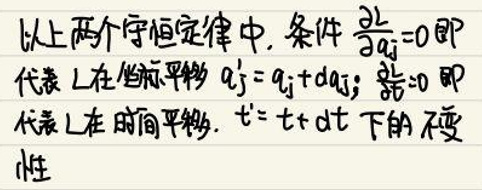
以上两个守恒定律中，条件\(\frac{\partial L}{\partial a_j}=0\)即代表\(L\)在坐标平移\(a_j' = a_j + da_j\)；\(\frac{\partial L}{\partial t}=0\)即代表\(L\)在时间平移\(t' = t + dt\)下的不变性